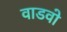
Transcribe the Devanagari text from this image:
वाडवो